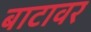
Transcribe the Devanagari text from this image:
बाटावर